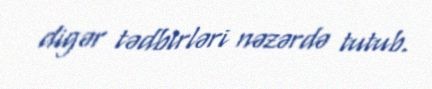
digər tədbirləri nəzərdə tutub.